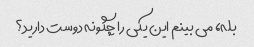
بله، می بینم این یکی را چگونه دوست دارید؟